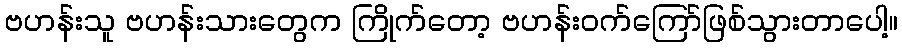
ဗဟန်းသူ ဗဟန်းသားတွေက ကြိုက်တော့ ဗဟန်းဝက်ကြော်ဖြစ်သွားတာပေါ့။